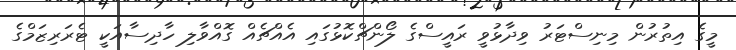
މީގެ އިތުރުން މިނިސްޓަރު ވިދާޅުވީ ރައީސްގެ ލޯންޗްކޮޅުގައި އެއްޗެއް ގޮއްވާލި ހާދިސާއަކީ ޓެރަރިޒަމްގެ